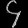
Digit: ၄